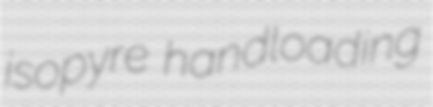
isopyre handloading